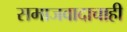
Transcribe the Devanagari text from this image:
समाजवादाचाही